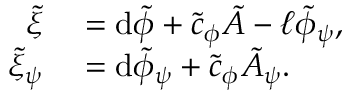
\begin{array} { r l } { \tilde { \xi } } & { { } = \mathrm { d } \tilde { \phi } + \tilde { c } _ { \phi } \tilde { A } - \ell \tilde { \phi } _ { \psi } , } \\ { \tilde { \xi } _ { \psi } } & { { } = \mathrm { d } \tilde { \phi } _ { \psi } + \tilde { c } _ { \phi } \tilde { A } _ { \psi } . } \end{array}